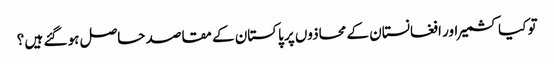
تو کیا کشمیر اور افغانستان کے محاذوں پر پاکستان کے مقاصد حاصل ہو گئے ہیں ؟